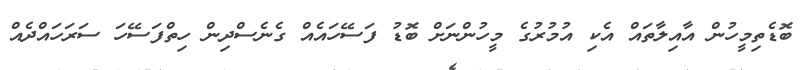
ބޮޑެތިމީހުން އާއިލާތައް އެކި އުމުރުގެ މީހުންނަށް ބޮޑު ފަސޭހައެއް ގެނެސްދިން ހިތްފަސޭހަ ސަރަހައްދެއް